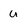
Character: u